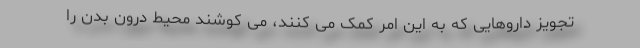
تجویز داروهایی که به این امر کمک می کنند، می کوشند محیط درون بدن را